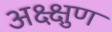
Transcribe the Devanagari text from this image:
अक्ष्क्षुण